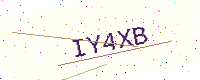
Text: IY4XB